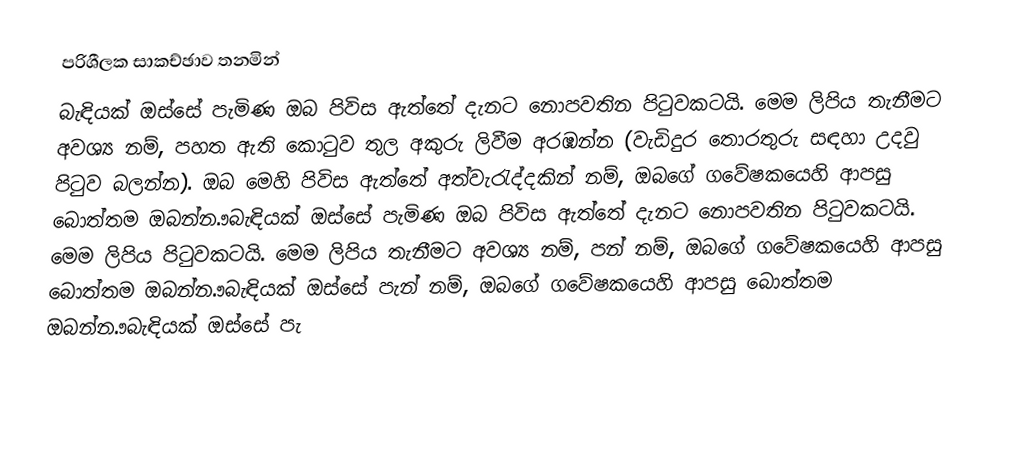
පරිශීලක සාකච්ඡාව තනමින්
බැඳියක් ඔස්සේ පැමිණ ඔබ පිවිස ඇත්තේ දැනට නොපවතින පිටුවකටයි. මෙම ලිපිය තැනීමට අවශ්‍ය නම්, පහත ඇති කොටුව තුල අකුරු ලිවීම අරඹන්න (වැඩිදුර තොරතුරු සඳහා උදවු පිටුව බලන්න). ඔබ මෙහි පිවිස ඇත්තේ අත්වැරැද්දකින් නම්, ඔබගේ ගවේෂකයෙහි ආපසු බොත්තම ඔබන්න.ෳබැඳියක් ඔස්සේ පැමිණ ඔබ පිවිස ඇත්තේ දැනට නොපවතින පිටුවකටයි. මෙම ලිපිය පිටුවකටයි. මෙම ලිපිය තැනීමට අවශ්‍ය නම්, පන් නම්, ඔබගේ ගවේෂකයෙහි ආපසු බොත්තම ඔබන්න.ෳබැඳියක් ඔස්සේ පැන් නම්, ඔබගේ ගවේෂකයෙහි ආපසු බොත්තම ඔබන්න.ෳබැඳියක් ඔස්සේ පැ